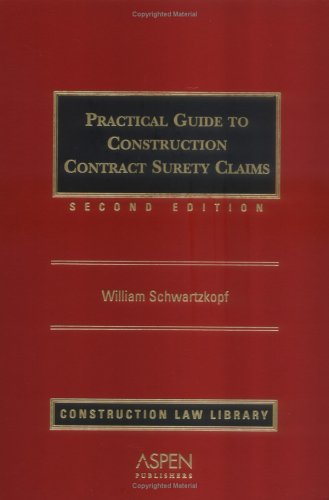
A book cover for Practical Guide To Construction Contract Surety Claims; William Schwartzkopf; Law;